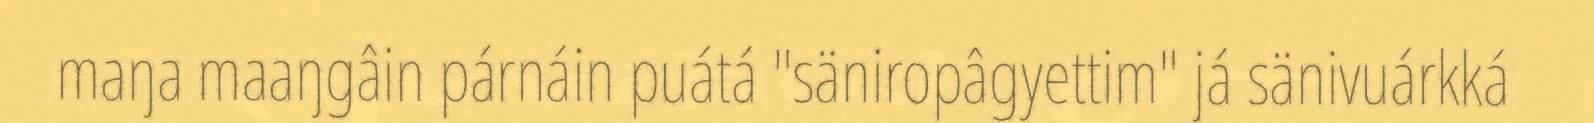
maŋa maaŋgâin párnáin puátá "säniropâgyettim" já sänivuárkká